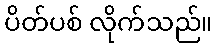
ပိတ်ပစ် လိုက်သည်။